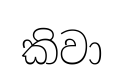
කිවා